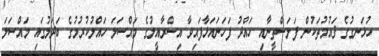
ހުޅަނގުގެ ޤައުމުތަކުން ފަލަސްތީނާއި ހައްދު ފަހަނައަޅާފައިވާ އިސްރާއީލުގެ މައްސަލަ ހައްލުކުރުމުގެ ބަދަލުގައި މައްސަލަ